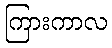
ကြားကာလ